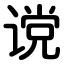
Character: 谠